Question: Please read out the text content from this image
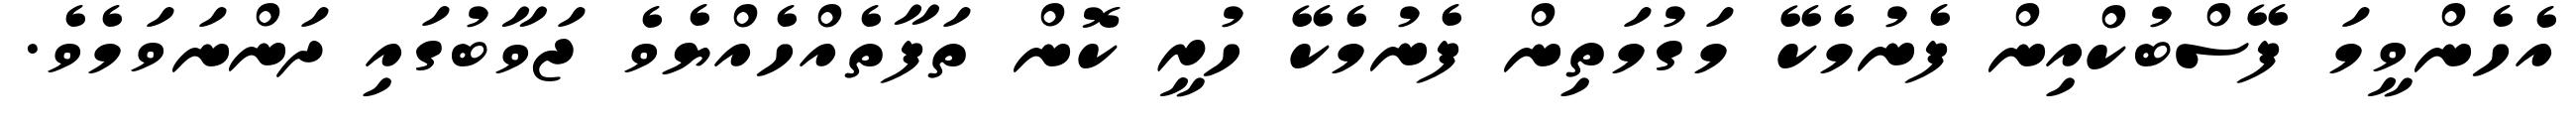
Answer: އެހެންވީމަ ފޭސްބުކްއިން ފެނުމެކޭ މަގުމަތިން ފެނުމެކޭ ހުރީ ކޮން ތަފާތެއްހެއްޔެވެ ޖަވާބުގައި ދަންނަވަމެވެ.